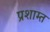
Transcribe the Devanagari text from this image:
प्रशाम्त